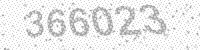
Solution: 366023